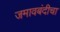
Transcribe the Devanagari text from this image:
जमावबंदीचा